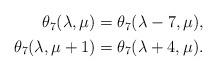
LaTeX: \begin{align*} \begin{aligned} \theta_7(\lambda,\mu)&=\theta_7(\lambda-7,\mu),\\ \theta_7(\lambda,\mu+1)&=\theta_7(\lambda+4,\mu). \end{aligned}\end{align*}